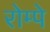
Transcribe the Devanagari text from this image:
रोम्पे